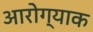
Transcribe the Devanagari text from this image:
आरोग्याक